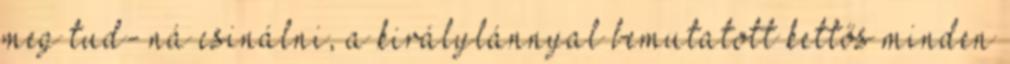
meg tud- ná csinálni, a királylánnyal bemutatott kettős minden